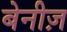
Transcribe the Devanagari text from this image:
बेनीज़